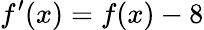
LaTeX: f^{\prime}(x)=f(x)-8